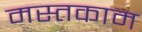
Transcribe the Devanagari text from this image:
मस्तकाम